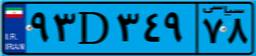
۹۳D۳۴۹۷۸